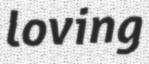
loving